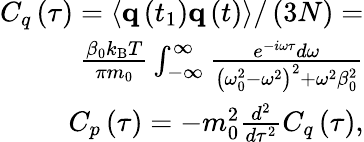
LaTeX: \begin{array}{r}{C_{q}\left(\tau\right)=\left.\left<\textbf{q}\left(t_{1}\right)\textbf{q}\left(t\right)\right>\right/\left(3N\right)=}\\ {\frac{\beta_{0}k_{\mathrm{B}}T}{\pi m_{0}}\int_{-\infty}^{\infty}\frac{e^{-i\omega\tau}d\omega}{\left(\omega_{0}^{2}-\omega^{2}\right)^{2}+\omega^{2}\beta_{0}^{2}}}\\ {C_{p}\left(\tau\right)=-m_{0}^{2}\frac{d^{2}}{d\tau^{2}}C_{q}\left(\tau\right),}\end{array}